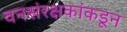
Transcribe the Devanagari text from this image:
वनसंरक्षकांकडून